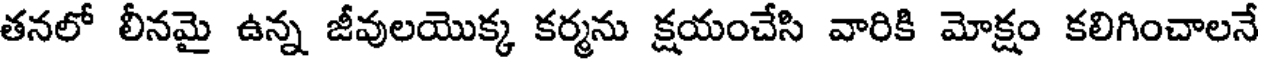
తనలో లీనమై ఉన్న జీవులయొక్క కర్మను క్షయంచేసి వారికి మోక్షం కలిగించాలనే